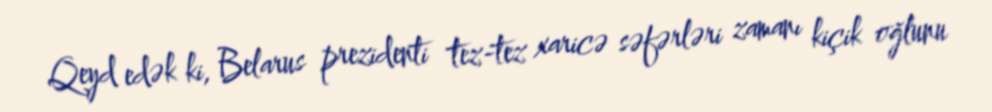
Qeyd edək ki, Belarus prezidenti tez-tez xaricə səfərləri zamanı kiçik oğlunu